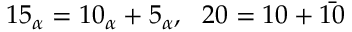
1 5 _ { \alpha } = 1 0 _ { \alpha } + 5 _ { \alpha } , ~ ~ 2 0 = 1 0 + \bar { 1 0 }